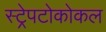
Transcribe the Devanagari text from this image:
स्ट्रेपटोकोकल